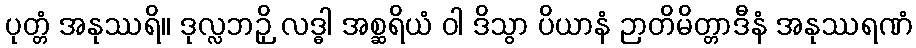
ပုတ္တံ အနုဿရိ။ ဒုလ္လဘဉှိ လဒ္ဓါ အစ္ဆရိယံ ဝါ ဒိသွာ ပိယာနံ ဉာတိမိတ္တာဒီနံ အနုဿရဏံ